Medical and sanitary report of the native army of Madras for the year
Year: 1877
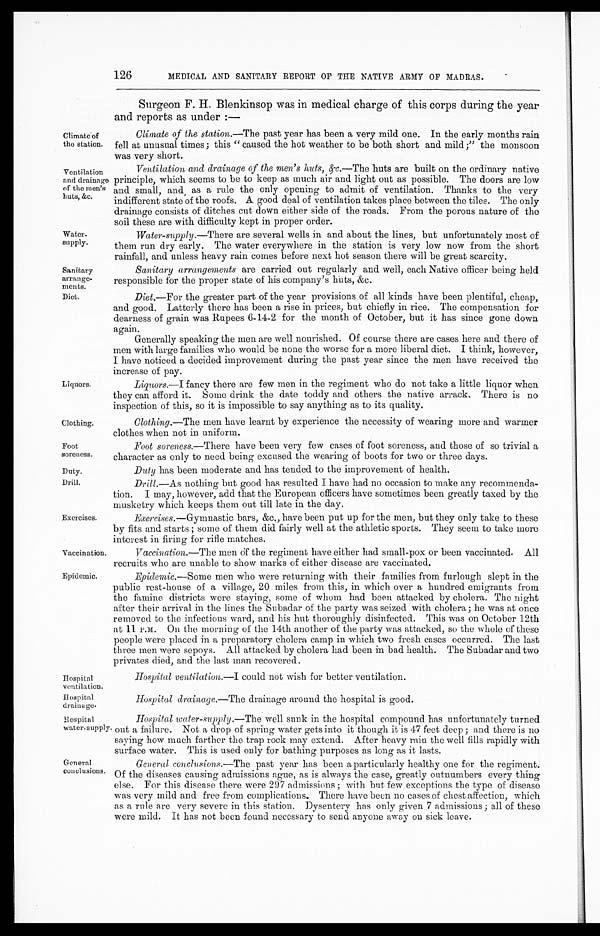
Climate of
the station.
Ventilation
and drainage
of the men's
huts, &c.
Water
-supply.
Sanitary
arrange
-ments.
Diet.
Clothing.
Foot
soreness.
Duty.
Drill.
Vaccination.
Epidemic.
Hospital
ventilation.
Hospital
drainage.
126
MEDICAL AND SANITARY REPORT OF THE NATIVE ARMY OF MADRAS.
Liquors.
Exercises.
Surgeon F. H. Blenkinsop was in medical charge of this corps during the year
and reports as under:—
Climate of the station. —The past year has been a very mild one. In the early months rain
fell at unusual times; this " caused the hot weather to be both short and mild ;" the monsoon
was very short.
Ventilation and drainage of the men's huts, &c. —The huts are built on the ordinary native
principle, which seems to be to keep as much air and light out as possible. The doors are low
and small, and as a rule the only opening to admit of ventilation. Thanks to the very
indifferent state of the roofs. A good deal of ventilation takes place between the tiles. The only
drainage consists of ditches cut down either side of the roads. From the porous nature of the
soil these are with difficulty kept in proper order.
Water-supply.—There are several wells in and about the lines, but unfortunately most of
them run dry early. The water everywhere in the station is very low now from the short
rainfall, and unless heavy rain comes before next hot season there will be great scarcity.
Sanitary arrangements are carried out regularly and well, each Native officer being held
responsible for the proper state of his company's huts, &c.
Diet.—For the greater part of the year provisions of all kinds have been plentiful, cheap,
and good. Latterly there has been a rise in prices, but chiefly in rice. The compensation for
dearness of grain was Rupees 6-14-2 for the month of October, but it has since gone down
again.
Generally speaking the men are well nourished. Of course there are cases here and there of
men with large families who would be none the worse for a more liberal diet. I think, however,
I have noticed a decided improvement during the past year since the men have received the
increase of pay.
Liquors.—I fancy there are few men in the regiment who do not take a little liquor when
they can afford it. Some drink the date toddy and others the native arrack. There is no
inspection of this, so it is impossible to say anything as to its quality.
Clothing. —The men have learnt by experience the necessity of wearing more and warmer
clothes when not in uniform.
Foot soreness.—There have been very few cases of foot soreness, and those of so trivial a
character as only to need being excused the wearing of boots for two or three days.
Duty has been moderate and has tend ed to the improvement of health.
Drill.—As nothing but good has resulted I have had no occasion to make any recommenda
-tion. I may, however, add that the European officers have sometimes been greatly taxed by the
musketry which keeps them out till late in the day.
Exercises.—Gymnastic bars, &c., have been put up for the men, but they only take to these
by fits and starts ; some of them did fairly well at the athletic sports. They seem to take more
interest in firing for rifle matches.
Vaccination. —The men of the regiment have either had small-pox or been vaccinated. All
recruits who are unable to show marks of either disease are vaccinated.
Epidemic.—Some men who were returning with their families from furlough slept in the
public rest-house of a village, 20 miles from this, in which over a hundred emigrants from
the famine districts were staying, some of whom had been attacked by cholera. The night
after their arrival in the lines the Subadar of the party was seized with cholera ; he was at once
removed to the infectious ward, and his hut thoroughly disinfected. This was on October 12th
at 11 P.M. On the morning of the 14th another of the party was attacked, so the whole of these
people were placed in a preparatory cholera camp in which two fresh cases occurred. The last
three men were sepoys. All attacked by cholera had been in bad health. The Subadar and two
privates died, and the last man recovered.
Hospital ventilation. —I could not wish for better ventilation.
Hospital drainage.—The drainage around the hospital is good.
Hospital
water-supply.
General
conclusions.
Hospital water-supply.—The well sunk in the hospital compound has unfortunately turned
out a failure. Not a drop of spring water gets into it though it is 47 feet deep ; and there is no
saying how much farther the trap rock may extend. After heavy rain the well fills rapidly with
surface water. This is used only for bathing purposes as long as it lasts.
General conclusions.—The past year has been a particularly healthy one for the regiment.
Of the diseases causing admissions ague, as is always the case, greatly outnumbers every thing
else. For this disease there were 297 admissions ; with but few exceptions the type of disease
was very mild and free from complications. There have been no cases of chest affection, which
as a rule are very severe in this station. Dysentery has only given 7 admissions ; all of these
were mild. It has not been found necessary to send anyone away on sick leave.